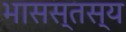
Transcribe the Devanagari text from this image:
भासस्तस्य